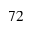
_ { 7 2 }